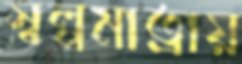
স্বল্পমাত্রায়